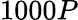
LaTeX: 1000P